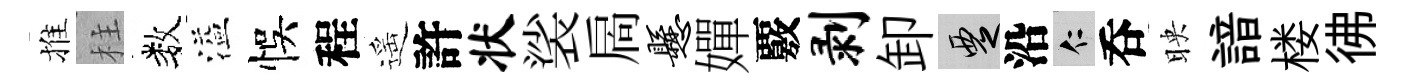
推柱数溢悞程遥許状裟扄悬嬋覈剥卸覂沿仁呑映諳楼彿